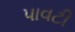
પાવટી